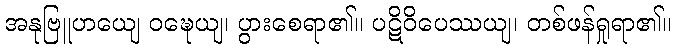
အနုဗြူဟယျေ ဝဍ္ဎေယျ၊ ပွားစေရာ၏။ ပဋိဝိပေဿယျ၊ တစ်ဖန်ရှုရာ၏။